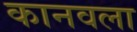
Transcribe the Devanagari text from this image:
कानवला